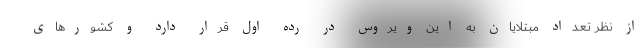
از نظر تعداد مبتلایان به این ویروس در رده اول قرار دارد و کشورهای